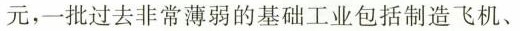
元，一批过去非常薄弱的基础工业包括制造飞机、